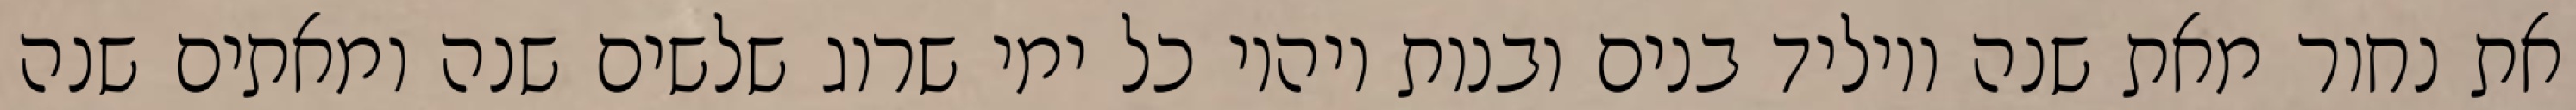
את נחור מאת שנה ויוליד בנים ובנות ויהיו כל ימי שרוג שלשים שנה ומאתים שנה